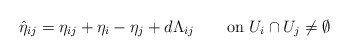
\begin{align*}\hat{\eta}_{ij}=\eta_{ij}+\eta_i-\eta_j+d\Lambda_{ij}\qquad\mbox{on }U_i\cap{}U_j\neq\emptyset \end{align*}